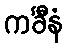
ကင်္ခီနံ